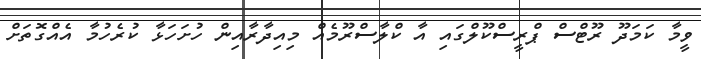
ވީމާ ކަމަދޫ ރޫޓްސް ޕްރީސްކޫލްގައި އާ ކްލާސްރޫމެއް މިއިދާރާއިން ހުށަހަޅާ ކުރެހުމާ އެއްގޮތަށް